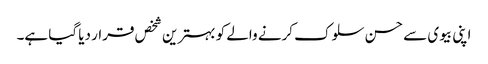
اپنی بیوی سے حسن سلوک کرنے والے کو بہترین شخص قرار دیا گیا ہے۔